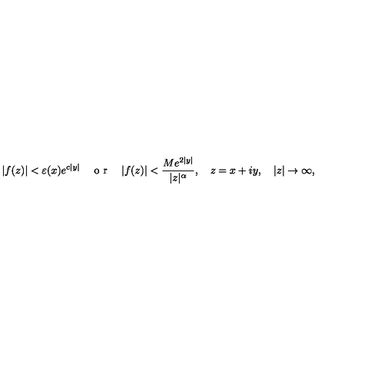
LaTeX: \vert f ( z ) \vert < \varepsilon ( x ) e ^ { c \vert y \vert } \quad \textrm { o r } \quad \vert f ( z ) \vert < \frac { M e ^ { 2 \vert y \vert } } { \vert z \vert ^ { \alpha } } , \quad z = x + i y , \quad \vert z \vert \to \infty ,